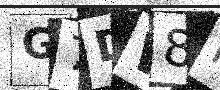
Text: G7DW8P